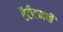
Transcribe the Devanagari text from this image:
ऍंटीटमची